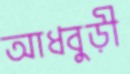
আধবুড়ী